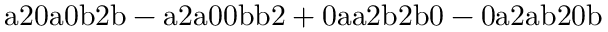
\mathrm { a 2 0 a 0 b 2 b - a 2 a 0 0 b b 2 + 0 a a 2 b 2 b 0 - 0 a 2 a b 2 0 b }